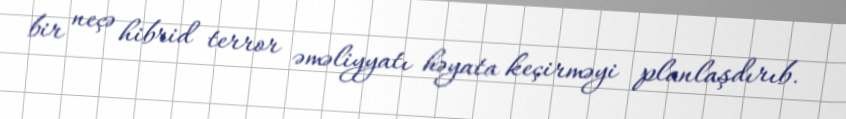
bir neçə hibrid terror əməliyyatı həyata keçirməyi planlaşdırıb.